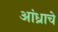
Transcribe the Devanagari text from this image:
आंध्राचे